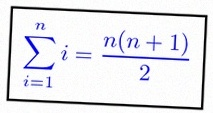
\sum_{i=1}^{n}i=\frac{n(n+1)}2